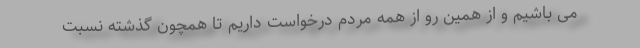
می باشیم و از همین رو از همه مردم درخواست داریم تا همچون گذشته نسبت